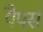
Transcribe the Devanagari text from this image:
पैपर्स